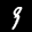
Label: 9